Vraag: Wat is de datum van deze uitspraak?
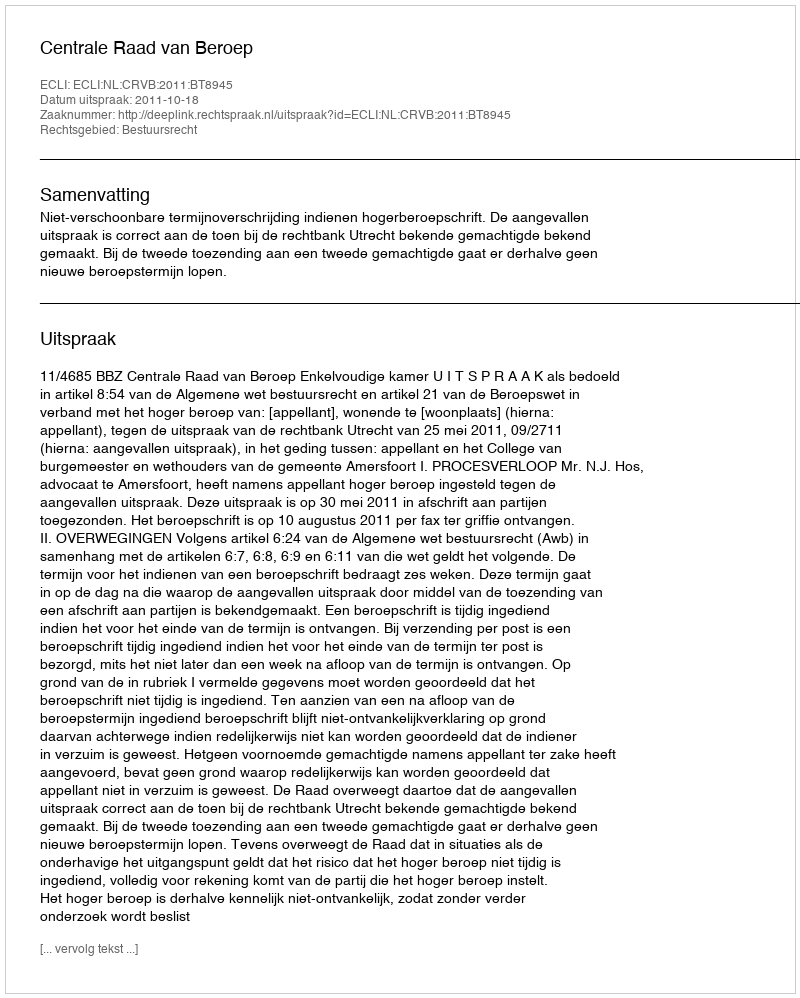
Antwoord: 2011-10-18